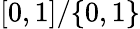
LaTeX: [0,1]/\{ 0,1\}